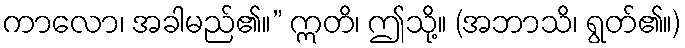
ကာလော၊ အခါမည်၏။” ဣတိ၊ ဤသို့။ (အဘာသိ၊ ရွတ်၏။)